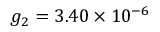
g _ { 2 } = 3 . 4 0 \times 1 0 ^ { - 6 }